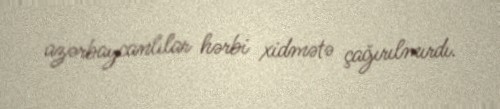
azərbaycanlılar hərbi xidmətə çağırılmırdı.